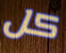
كل